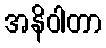
အနိဝါတာ